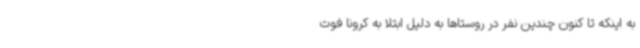
به اینکه تا کنون چندین نفر در روستاها به دلیل ابتلا به کرونا فوت